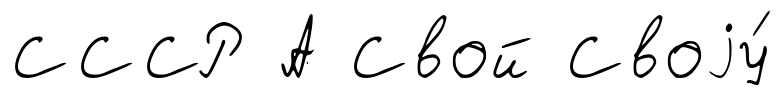
СССР А Свой Своjу́